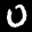
Label: 0